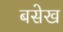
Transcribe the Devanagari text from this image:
बसेख